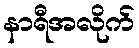
နာရီအလိုက်